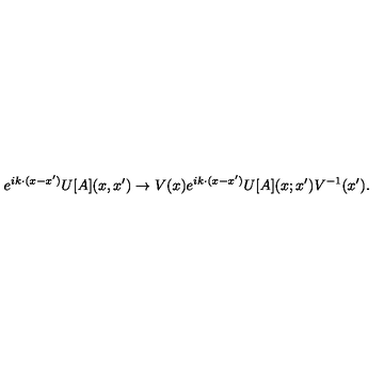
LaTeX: e ^ { i k \cdot ( x - x ^ { \prime } ) } U [ A ] ( x , x ^ { \prime } ) \to V ( x ) e ^ { i k \cdot ( x - x ^ { \prime } ) } U [ A ] ( x ; x ^ { \prime } ) V ^ { - 1 } ( x ^ { \prime } ) .